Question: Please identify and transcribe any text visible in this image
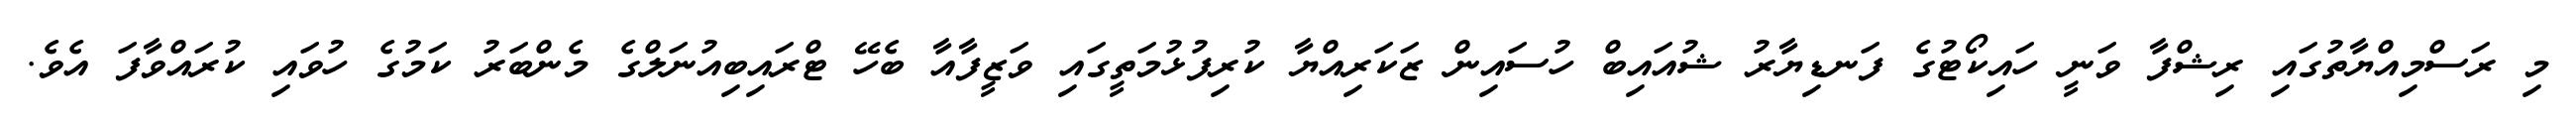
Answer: މި ރަސްމިއްޔާތުގައި ރިޝްފާ ވަނީ ހައިކޯޓުގެ ފަނޑިޔާރު ޝުއައިބް ހުސައިން ޒަކަރިއްޔާ ކުރިފުޅުމަތީގައި ވަޒީފާއާ ބެހޭ ޓްރައިބިއުނަލްގެ މެންބަރު ކަމުގެ ހުވައި ކުރައްވާފަ އެވެ.